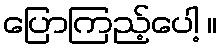
ပြောကြည့်ပေါ့ ။